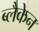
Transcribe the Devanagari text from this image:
ब्लैकेन